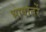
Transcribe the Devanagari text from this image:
भाषांतरें